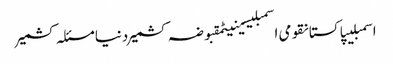
اسمبلیپاکستانقومی اسمبلیسینیٹمقبوضہ کشمیردنیامسئلہ کشمیر